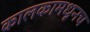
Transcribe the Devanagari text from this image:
कालकामधूनच